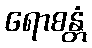
ရောစန္တံ